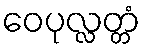
ဝေပုလ္လတ္တံ